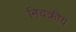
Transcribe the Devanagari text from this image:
निचक्रीय